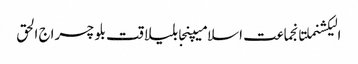
الیکشنملتانجماعت اسلامیپنجابلیاقت بلوچسراج الحق